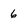
Character: 6